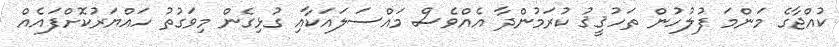
ކުއްޖާގެ މަންމަ ފުލުހުން ތަހުޤީޤު ކުރަމުންދާ އެއްވެސް މައްސަލައަކާއި ގުޅިގެން މިވަގުތު ހައްޔަރުކޮށްފައެއް